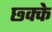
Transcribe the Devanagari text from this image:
छ्क्के